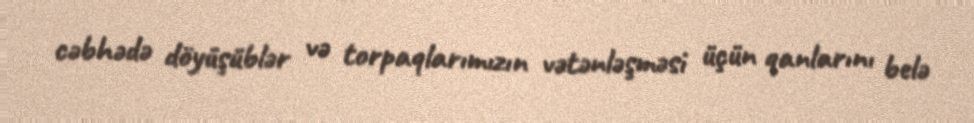
cəbhədə döyüşüblər və torpaqlarımızın vətənləşməsi üçün qanlarını belə